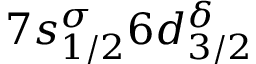
7 s _ { 1 / 2 } ^ { \sigma } 6 d _ { 3 / 2 } ^ { \delta }